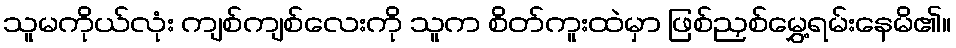
သူမကိုယ်လုံး ကျစ်ကျစ်လေးကို သူက စိတ်ကူးထဲမှာ ဖြစ်ညှစ်မွှေ့ရမ်းနေမိ၏။